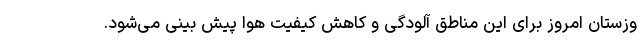
وزستان امروز برای این مناطق آلودگی و کاهش کیفیت هوا پیش بینی می‌شود.